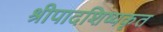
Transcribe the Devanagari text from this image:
श्रीपादशिष्यकृत